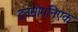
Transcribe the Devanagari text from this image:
इनसोमनिएक